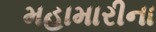
મહામારીના